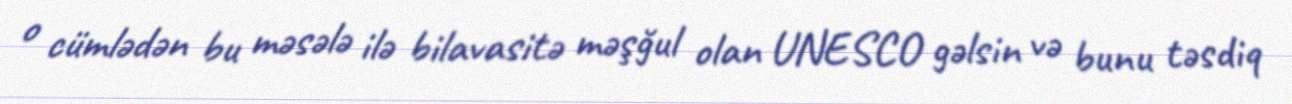
o cümlədən bu məsələ ilə bilavasitə məşğul olan UNESCO gəlsin və bunu təsdiq